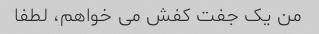
من یک جفت کفش می خواهم، لطفا